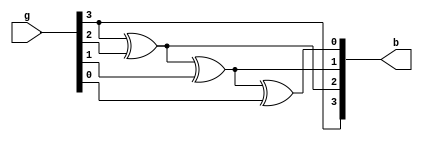
module gray_to_binary(b, g);

	output [3:0]b;
	input [3:0]g;
	buf(b[3],g[3]);
	xor(b[2],g[3],g[2]);
	xor(b[1],b[2],g[1]);
	xor(b[0],b[1],g[0]);
	
endmodule

module gray_to_binary_tb;

	reg [3:0] gray;
	wire [3:0] binary;
	gray_to_binary g_to_b(.b(binary), .g(gray));
	
	initial begin

		gray = 4'b0000; #50;
		gray = 4'b0001; #50;
		gray = 4'b0010; #50;
		gray = 4'b0011; #50;
		gray = 4'b0100; #50;
		gray = 4'b0101; #50;
		gray = 4'b0110; #50;
		gray = 4'b0111; #50;
		gray = 4'b1000; #50;
		gray = 4'b1001; #50;
		gray = 4'b1010; #50;
		gray = 4'b1011; #50;
		gray = 4'b1100; #50;
		gray = 4'b1101; #50;
		gray = 4'b1110; #50;
		gray = 4'b1111; #50;

	end

endmodule